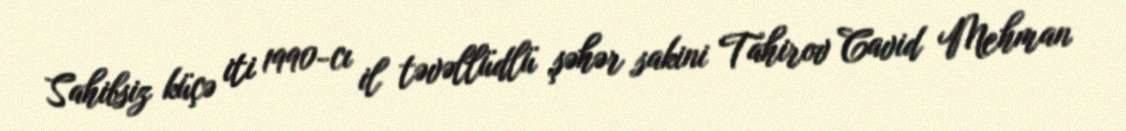
Sahibsiz küçə iti 1990-cı il təvəllüdlü şəhər sakini Tahirov Cavid Mehman